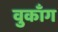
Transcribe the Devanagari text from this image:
वुकाँग